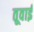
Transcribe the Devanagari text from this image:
तूवाई